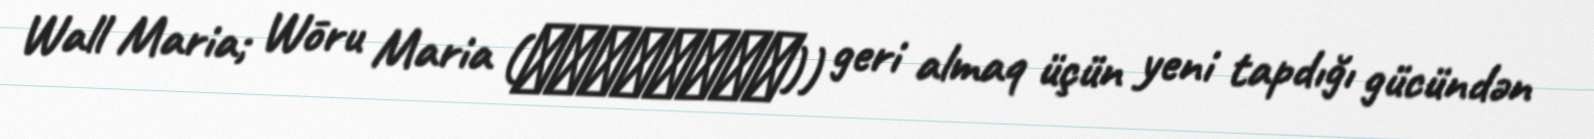
Wall Maria; Wōru Maria (ウォール・マリア)) geri almaq üçün yeni tapdığı gücündən